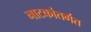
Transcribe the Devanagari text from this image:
नाटकांतर्गत